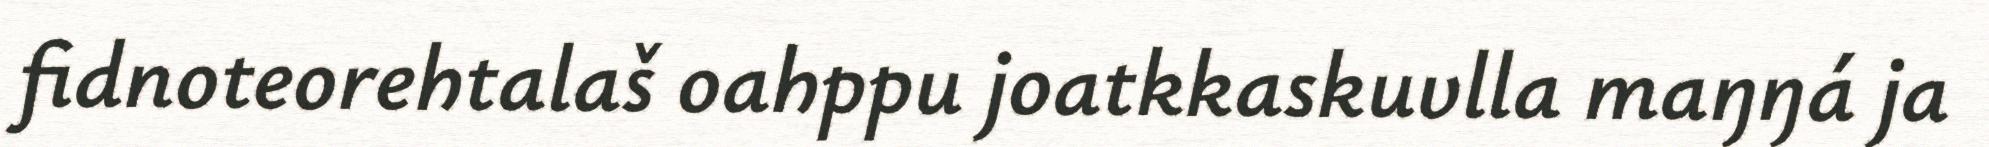
fidnoteorehtalaš oahppu joatkkaskuvlla maŋŋá ja